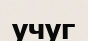
учуг